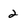
Character: 2